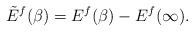
LaTeX: \begin{align*}\tilde{E}^f(\beta)=E^f(\beta)-E^f(\infty).\end{align*}